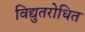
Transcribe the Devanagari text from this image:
विद्युतरोधित